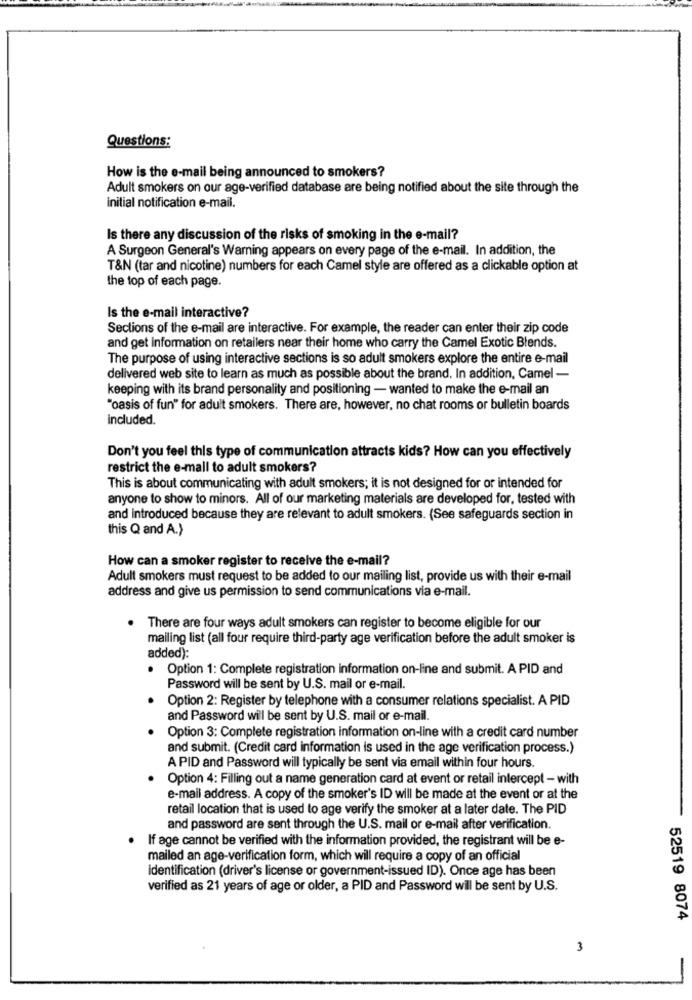
Questions:
How is the e-mail being announced to smokers?
Adult smokers on our age-verified database are being notified about the site through the
initial notification e-mail.
Is there any discussion of the risks of smoking in the e-mail?
A Surgeon General's Warning appears on every page of the e-mail. In addition, the
T&N (tar and nicotine) numbers for each Camel style are offered as a clickable option at
the top of each page.
Is the e-mail interactive?
Sections of the e-mail are interactive. For example, the reader can enter their zip code
and get information on retailers near their home who carry the Camel Exotic Blends.
The purpose of using interactive sections is so adult smokers explore the entire e-mail
delivered web site to learn as much as possible about the brand. In addition, Camel -
keeping with its brand personality and positioning - wanted to make the e-mail an
"oasis of fun" for adult smokers. There are, however, no chat rooms or bulletin boards
included.
Don't you feel this type of communication attracts kids? How can you effectively
restrict the e-mail to adult smokers?
This is about communicating with adult smokers; it is not designed for or intended for
anyone to show to minors. All of our marketing materials are developed for, tested with
and introduced because they are relevant to adult smokers. (See safeguards section in
this Q and A.)
How can a smoker register to receive the e-mail?
Adult smokers must request to be added to our mailing list, provide us with their e-mail
address and give us permission to send communications via e-mail.
There are four ways adult smokers can register to become eligible for our
mailing list (all four require third-party age verification before the adult smoker is
added):
· Option 1: Complete registration information on-line and submit. A PID and
Password will be sent by U.S. mail or e-mail.
Option 2: Register by telephone with a consumer relations specialist. A PID
and Password will be sent by U.S. mail or e-mail.
Option 3: Complete registration information on-line with a credit card number
and submit. (Credit card information is used in the age verification process.)
A PID and Password will typically be sent via email within four hours.
Option 4: Filling out a name generation card at event or retail intercept - with
e-mail address. A copy of the smoker's ID will be made at the event or at the
retail location that is used to age verify the smoker at a later date. The PID
and password are sent through the U.S. mail or e-mail after verification.
. If age cannot be verified with the information provided, the registrant will be e-
mailed an age-verification form, which will require a copy of an official
identification (driver's license or government-issued ID). Once age has been
verified as 21 years of age or older, a PID and Password will be sent by U.S.
52519 8074
3